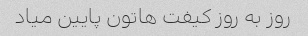
روز به روز کیفت هاتون پایین میاد